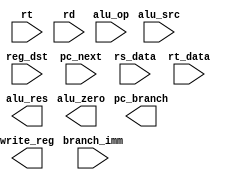
module execute(

    input alu_src,
    input [1:0] alu_op,
    input reg_dst,

    input [31:0] pc_next,
    input [31:0] branch_imm,

    input [31:0] rs_data,
    input [31:0] rt_data,
    input [4:0] rt,         // even though rt_data is present, rt is required in this stage separately
    input [4:0] rd,         // as above, rd is provided so that reg_dst (the input) can select between the two

    output [31:0] pc_branch,
    output alu_zero,
    output [31:0] alu_res,
    output [4:0] write_reg

);

    // Write your code below.

endmodule